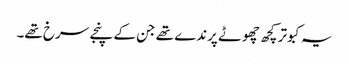
یہ کبوتر کچھ چھوٹے پرندے تھے جن کے پنجے سرخ تھے۔